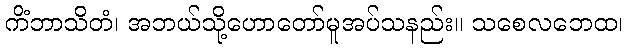
ကိံဘာသိတံ၊ အဘယ်သို့ဟောတော်မူအပ်သနည်း။ သစေလဘေထ၊